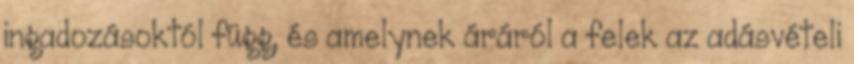
ingadozásoktól függ, és amelynek áráról a felek az adásvételi